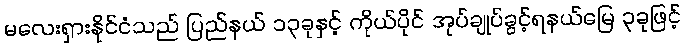
မလေးရှားနိုင်ငံသည် ပြည်နယ် ၁၃ခုနှင့် ကိုယ်ပိုင် အုပ်ချုပ်ခွင့်ရနယ်မြေ ၃ခုဖြင့်